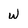
Character: w